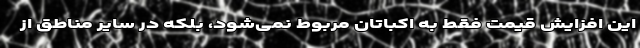
این افزایش قیمت فقط به اکباتان مربوط نمی‌شود، بلکه در سایر مناطق از